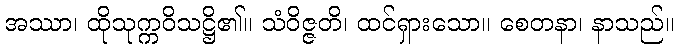
အဿာ၊ ထိုသုက္ကဝိသဋ္ဌိ၏။ သံဝိဇ္ဇတိ၊ ထင်ရှားသော။ စေတနာ၊ နာသည်။